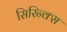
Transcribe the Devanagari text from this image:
सिरिन्क्स